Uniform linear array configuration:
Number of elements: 16
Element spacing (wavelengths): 0.5
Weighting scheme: cosine
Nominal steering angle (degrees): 45
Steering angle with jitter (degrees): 45.162
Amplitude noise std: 0.05
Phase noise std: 0.05

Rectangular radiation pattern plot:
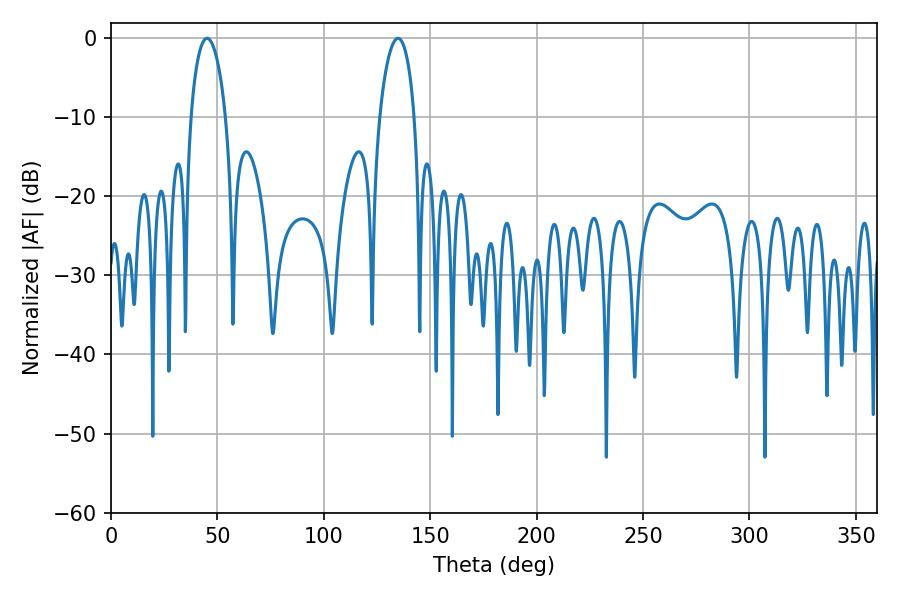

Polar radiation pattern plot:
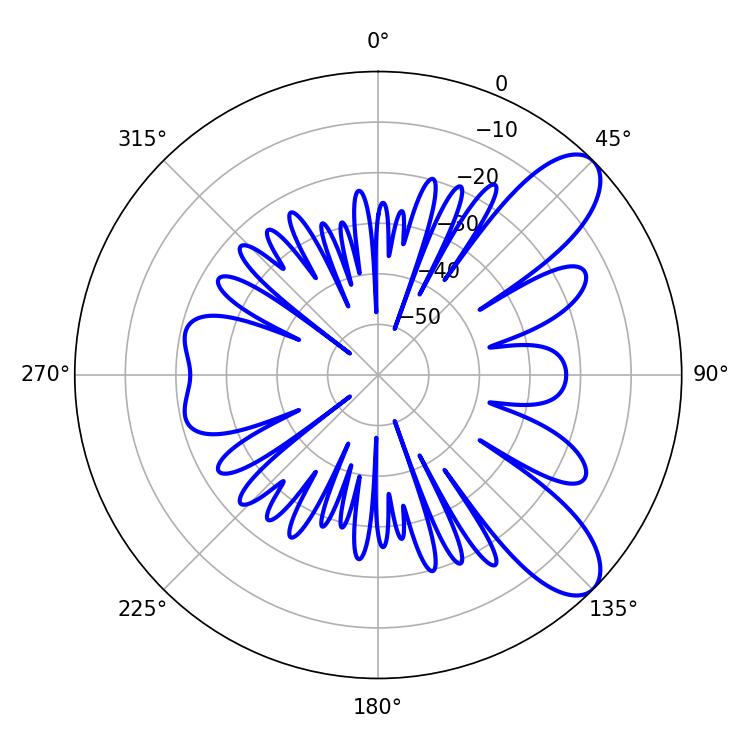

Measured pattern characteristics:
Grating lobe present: FALSE
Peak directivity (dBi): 9.042
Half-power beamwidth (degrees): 9.36
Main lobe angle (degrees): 45.18